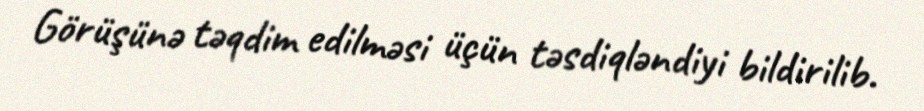
Görüşünə təqdim edilməsi üçün təsdiqləndiyi bildirilib.